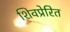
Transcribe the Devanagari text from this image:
शिवप्रेरित